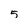
Character: 5